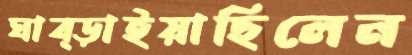
ঘাব্‌ড়াইয়াছিলেন